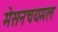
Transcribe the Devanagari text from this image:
मेसनचयमल